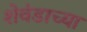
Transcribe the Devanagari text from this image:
शेवंडाच्या